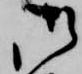
御